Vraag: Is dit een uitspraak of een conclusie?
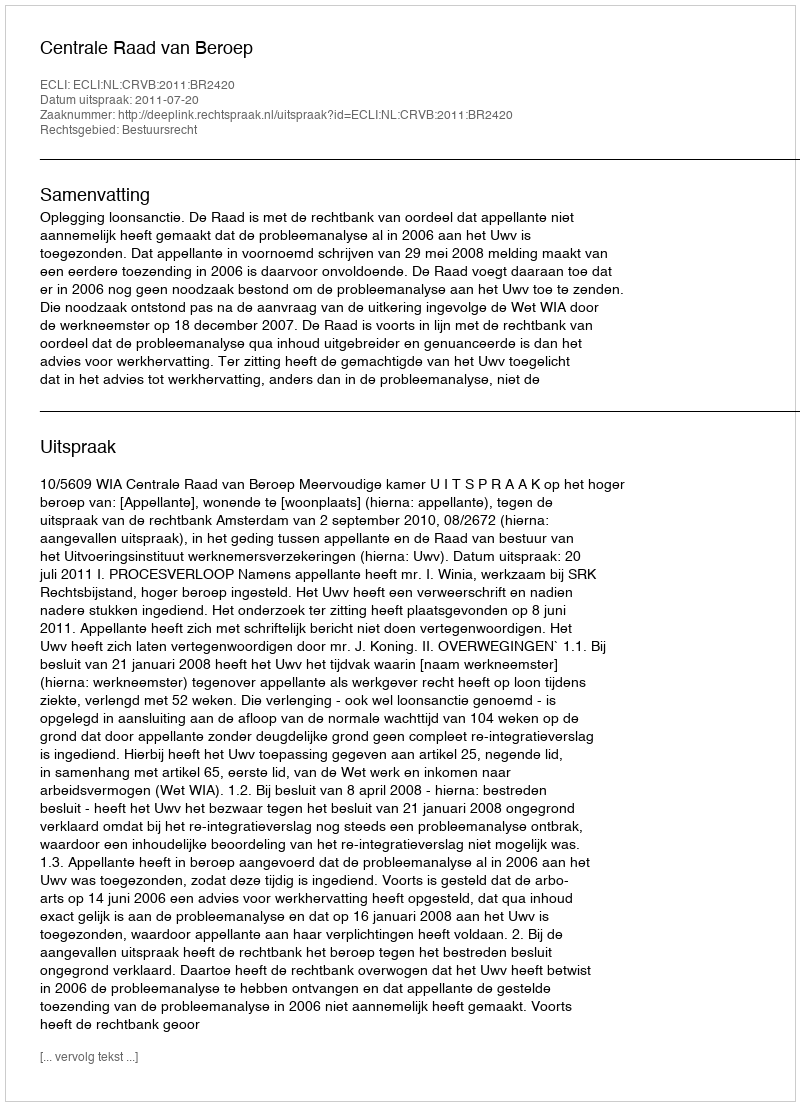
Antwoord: Uitspraak